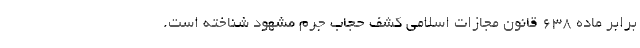
برابر ماده 638 قانون مجازات اسلامی کشف حجاب جرم مشهود شناخته است.